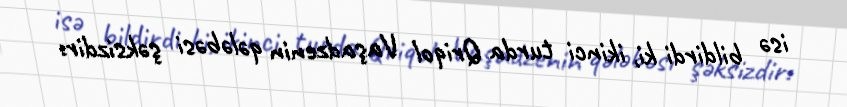
isə bildirdi ki, ikinci turda Qriqol Vaşadzenin qələbəsi şəksizdir: